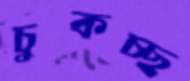
চুকচ্ছ